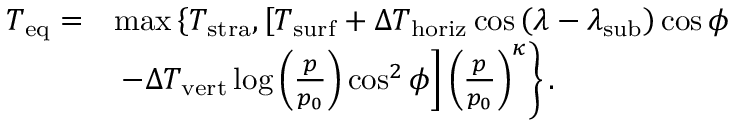
\begin{array} { r l } { T _ { \mathrm { e q } } = } & { \operatorname* { m a x } \left\{ T _ { \mathrm { s t r a } } , \left[ T _ { \mathrm { s u r f } } + \Delta T _ { \mathrm { h o r i z } } \cos \left( \lambda - \lambda _ { \mathrm { s u b } } \right) \cos \phi \right. \right. } \\ & { \left. \left. - \Delta T _ { \mathrm { v e r t } } \log \left( \frac { p } { p _ { 0 } } \right) \cos ^ { 2 } \phi \right] \left( \frac { p } { p _ { 0 } } \right) ^ { \kappa } \right\} . } \end{array}